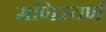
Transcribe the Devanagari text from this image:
मणिस्वर्ण